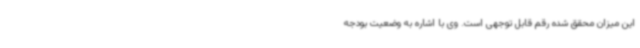
این میزان محقق شده رقم قابل توجهی است. وی با اشاره به وضعیت بودجه